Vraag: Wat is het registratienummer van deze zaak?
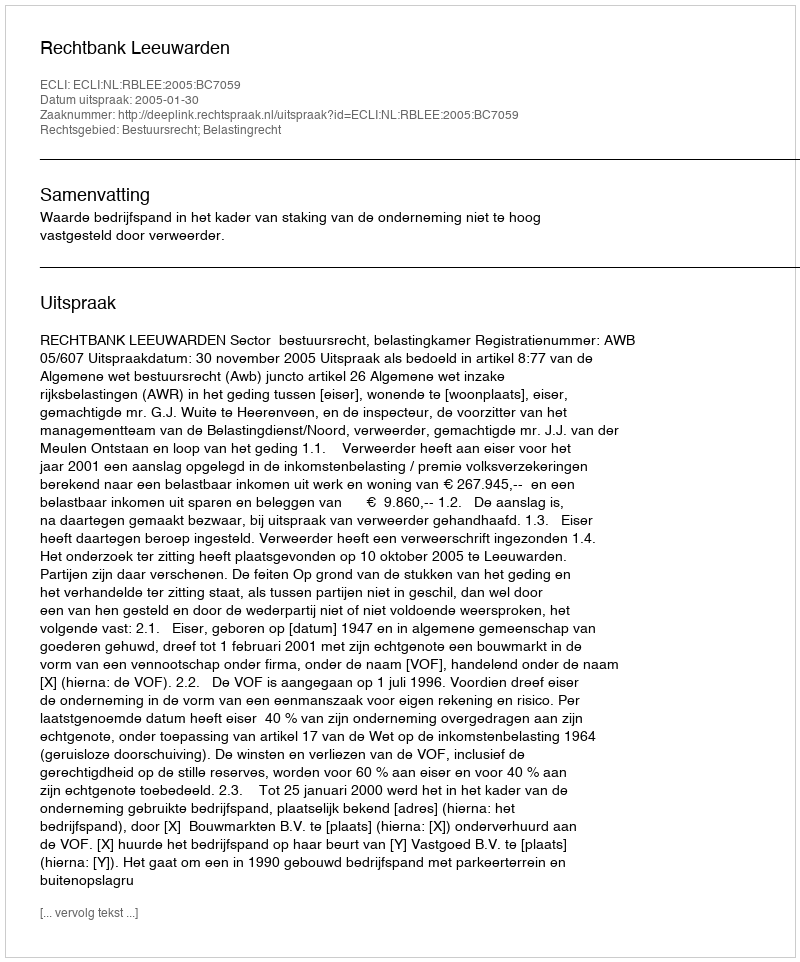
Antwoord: http://deeplink.rechtspraak.nl/uitspraak?id=ECLI:NL:RBLEE:2005:BC7059